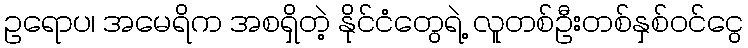
ဥရောပ၊ အမေရိက အစရှိတဲ့ နိုင်ငံတွေရဲ့ လူတစ်ဦးတစ်နှစ်ဝင်ငွေ